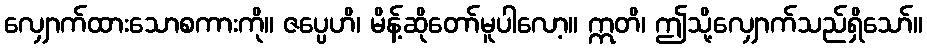
လျှောက်ထားသောစကားကို။ ဇပ္ပေဟိ၊ မိန့်ဆိုတော်မူပါလော့။ ဣတိ၊ ဤသို့လျှောက်သည်ရှိသော်။